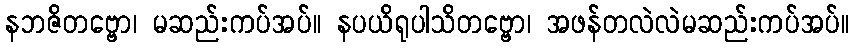
နဘဇိတဗ္ဗော၊ မဆည်းကပ်အပ်။ နပယိရုပါသိတဗ္ဗော၊ အဖန်တလဲလဲမဆည်းကပ်အပ်။